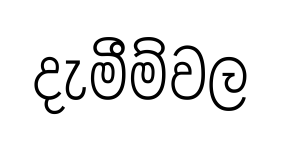
දැමීම්වල